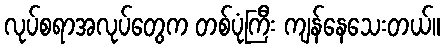
လုပ်စရာအလုပ်တွေက တစ်ပုံကြီး ကျန်နေသေးတယ်။